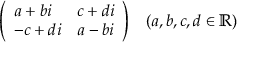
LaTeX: { \left( \begin{array} { l l } { a + b i } & { c + d i } \\ { - c + d i } & { a - b i } \end{array} \right) } \quad ( a , b , c , d \in \mathbb { R } )